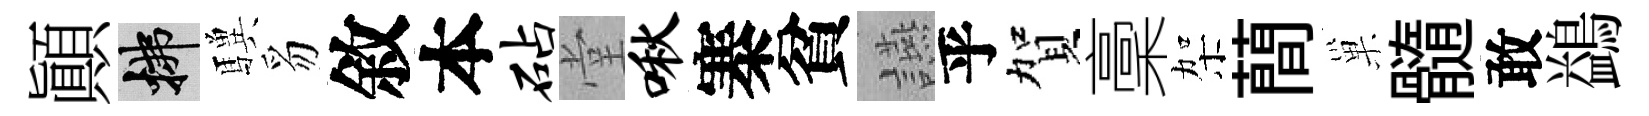
顚拂驥豸敘本砧堂啾寨貧讌乎賀稾架蕳巢髓敢鷁